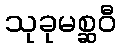
သုခုမစ္ဆဝီ